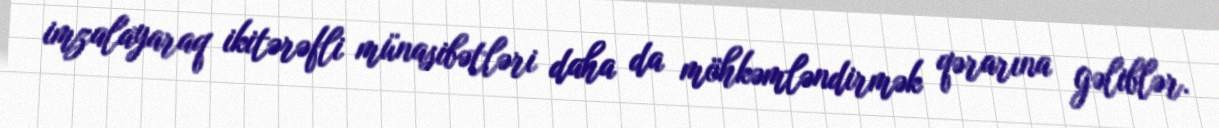
imzalayaraq ikitərəfli münasibətləri daha da möhkəmləndirmək qərarına gəliblər.